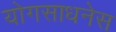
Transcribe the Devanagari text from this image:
योगसाधनेस